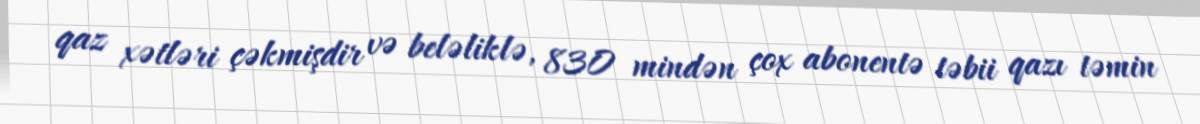
qaz xətləri çəkmişdir və beləliklə, 830 mindən çox abonentə təbii qazı təmin